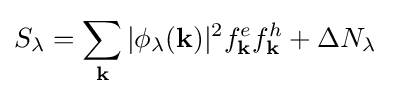
S_{\lambda }=\sum _{\mathbf {k} }|\phi _{\lambda }({\mathbf {k} })|^{2}f_{\mathbf {k} }^{e}f_{\mathbf {k} }^{h}+\Delta N_{\lambda }\;